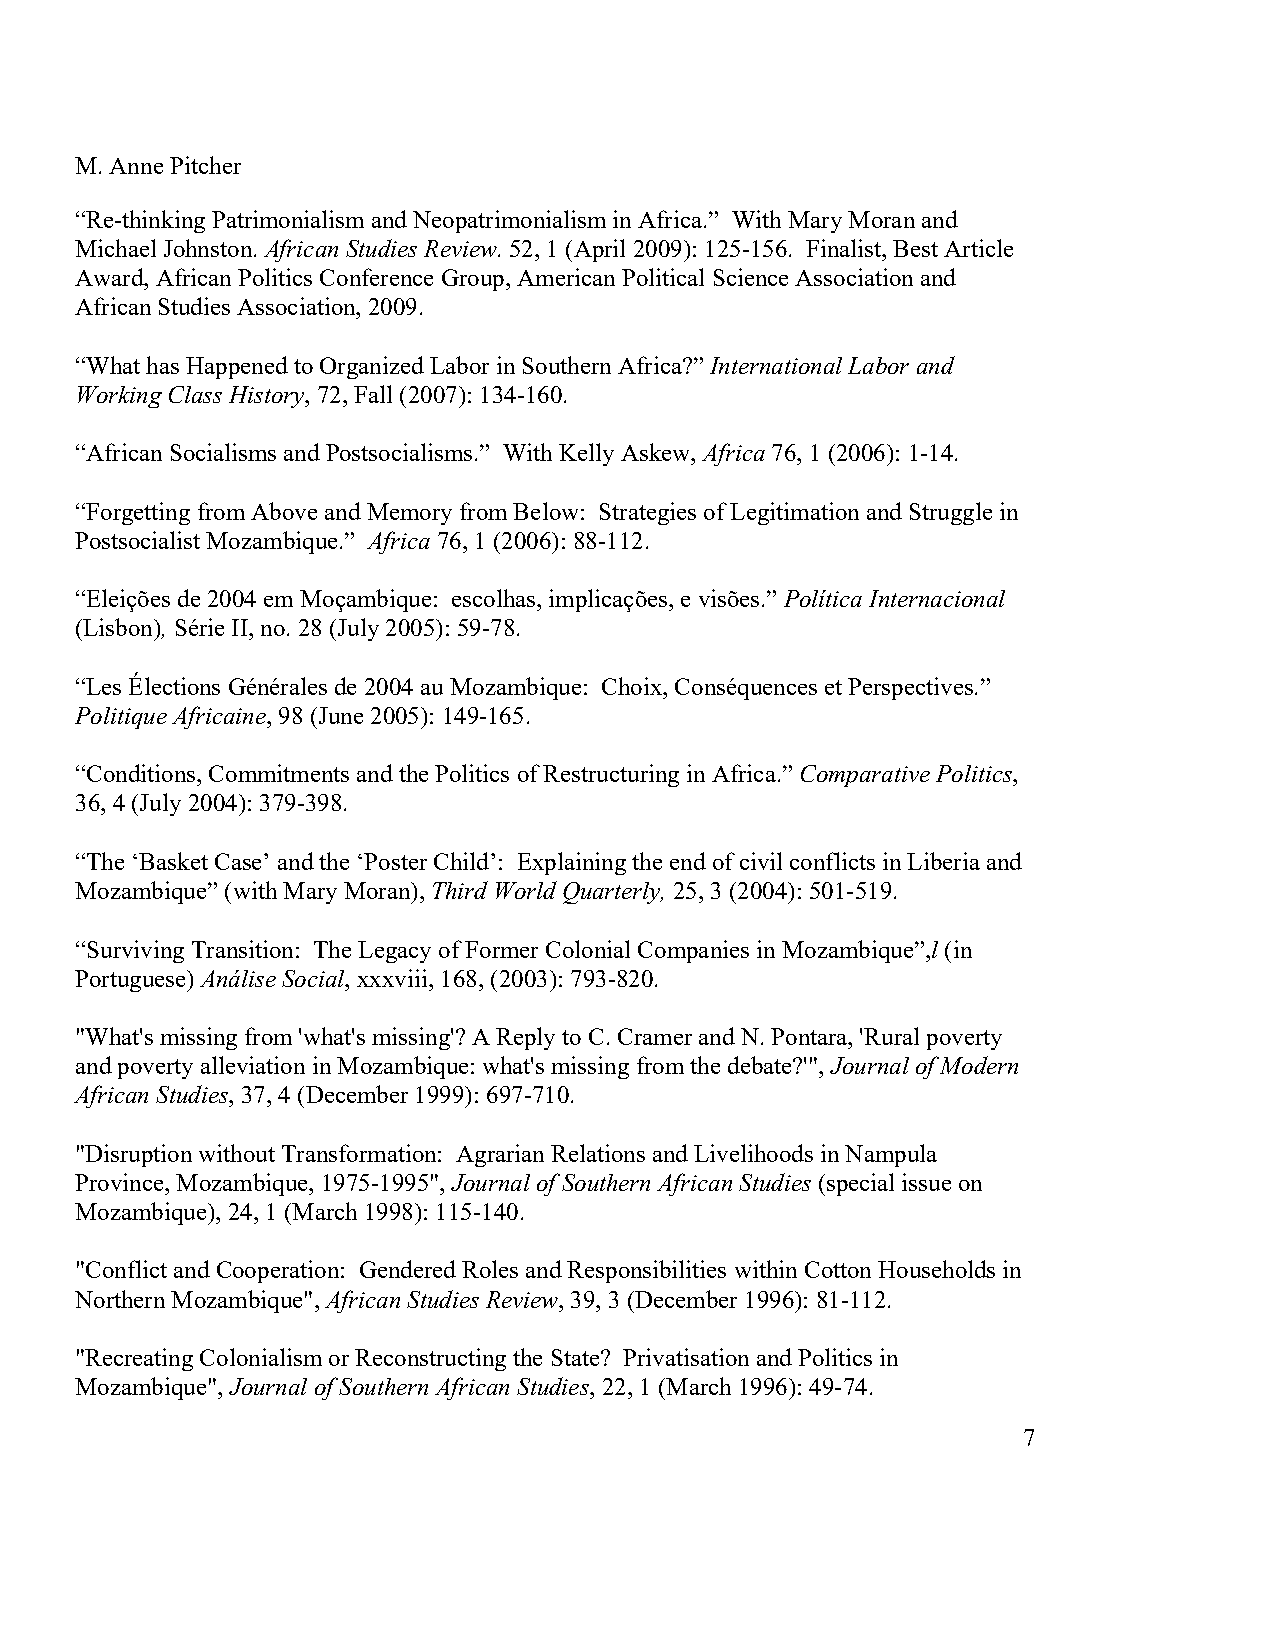
M. Anne Pitcher
 “Re-thinking Patrimonialism and Neopatrimonialism in Africa.” With Mary Moran and
 Michael Johnston. African Studies Review. 52, 1 (April 2009): 125-156. Finalist, Best Article
 Award, African Politics Conference Group, American Political Science Association and
 African Studies Association, 2009.
 “What has Happened to Organized Labor in Southern Africa?” International Labor and
 Working Class History, 72, Fall (2007): 134-160.
 “African Socialisms and Postsocialisms.” With Kelly Askew, Africa 76, 1 (2006): 1-14.
 “Forgetting from Above and Memory from Below: Strategies of Legitimation and Struggle in
 Postsocialist Mozambique.” Africa 76, 1 (2006): 88-112.
 “Eleições de 2004 em Moçambique: escolhas, implicações, e visões.” Política Internacional
 (Lisbon), Série II, no. 28 (July 2005): 59-78.
 “Les Élections Générales de 2004 au Mozambique: Choix, Conséquences et Perspectives.”
 Politique Africaine, 98 (June 2005): 149-165.
 “Conditions, Commitments and the Politics of Restructuring in Africa.” Comparative Politics,
 36, 4 (July 2004): 379-398.
 “The ‘Basket Case’ and the ‘Poster Child’: Explaining the end of civil conflicts in Liberia and
 Mozambique” (with Mary Moran), Third World Quarterly, 25, 3 (2004): 501-519.
 “Surviving Transition: The Legacy of Former Colonial Companies in Mozambique”,l (in
 Portuguese) Análise Social, xxxviii, 168, (2003): 793-820.
 "What's missing from 'what's missing'? A Reply to C. Cramer and N. Pontara, 'Rural poverty
 and poverty alleviation in Mozambique: what's missing from the debate?'", Journal of Modern
 African Studies, 37, 4 (December 1999): 697-710.
 "Disruption without Transformation: Agrarian Relations and Livelihoods in Nampula
 Province, Mozambique, 1975-1995", Journal of Southern African Studies (special issue on
 Mozambique), 24, 1 (March 1998): 115-140.
 "Conflict and Cooperation: Gendered Roles and Responsibilities within Cotton Households in
 Northern Mozambique", African Studies Review, 39, 3 (December 1996): 81-112.
 "Recreating Colonialism or Reconstructing the State? Privatisation and Politics in
 Mozambique", Journal of Southern African Studies, 22, 1 (March 1996): 49-74.
 7